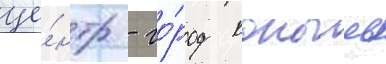
це́нтр - го́род копыль